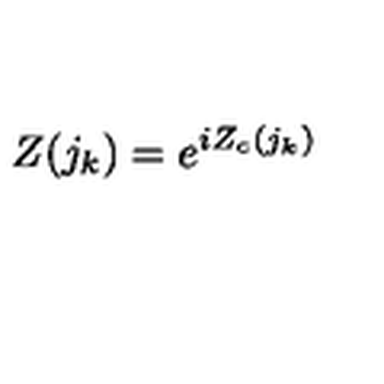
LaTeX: Z ( { j _ { k } } ) = e ^ { i Z _ { c } ( { j _ { k } } ) }